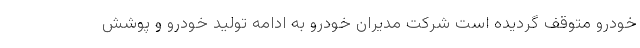
خودرو متوقف گردیده است شرکت مدیران خودرو به ادامه تولید خودرو و پوشش